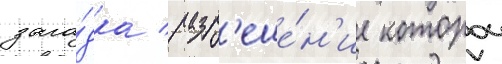
зага́дка / разр'еше́н'ие которои